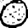
Digit: 0